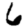
Digit: 6